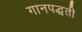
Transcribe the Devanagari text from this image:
गानपद्धती